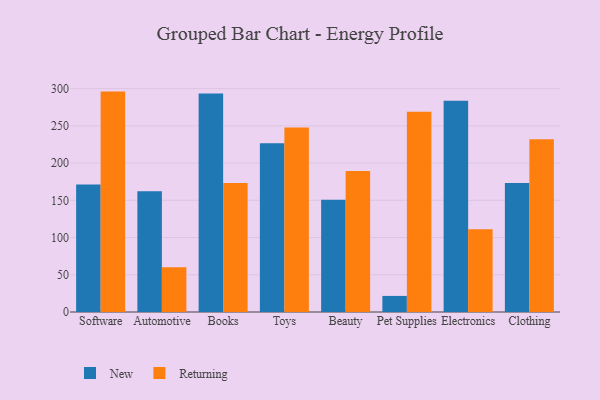
{"axis": {"x": "Category", "y": "Market Share (%)"}, "legend": ["New", "Returning"], "data": [{"x": "Software", "y": 171.1, "type": "New"}, {"x": "Software", "y": 296.0, "type": "Returning"}, {"x": "Automotive", "y": 162.2, "type": "New"}, {"x": "Automotive", "y": 60.2, "type": "Returning"}, {"x": "Books", "y": 293.4, "type": "New"}, {"x": "Books", "y": 173.4, "type": "Returning"}, {"x": "Toys", "y": 226.6, "type": "New"}, {"x": "Toys", "y": 247.9, "type": "Returning"}, {"x": "Beauty", "y": 150.9, "type": "New"}, {"x": "Beauty", "y": 189.3, "type": "Returning"}, {"x": "Pet Supplies", "y": 21.6, "type": "New"}, {"x": "Pet Supplies", "y": 268.9, "type": "Returning"}, {"x": "Electronics", "y": 283.7, "type": "New"}, {"x": "Electronics", "y": 111.3, "type": "Returning"}, {"x": "Clothing", "y": 173.2, "type": "New"}, {"x": "Clothing", "y": 232.0, "type": "Returning"}]}